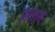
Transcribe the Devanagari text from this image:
प्रशान